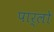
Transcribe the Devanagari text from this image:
पार्लो